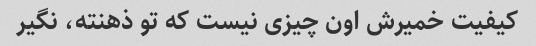
کیفیت خمیرش اون چیزی نیست که تو ذهنته، نگیر